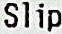
SLIP